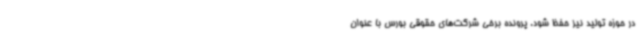
در حوزه تولید نیز حفظ شود. پرونده برخی شرکت‌های حقوقی بورس با عنوان